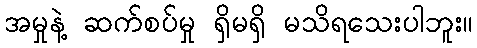
အမှုနဲ့ ဆက်စပ်မှု ရှိမရှိ မသိရသေးပါဘူး။